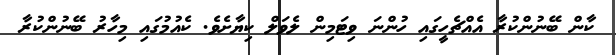
ކާން ބޭނުންކުރާ އެއްޗެހީގައި ހުންނަ ވިޓަމިން ލެވަލް ކިޔާށެވެ. ކެއުމުގައި މިހާރު ބޭނުންކުރާ